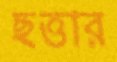
ছত্তার